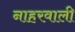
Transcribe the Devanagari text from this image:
नाहरवाली